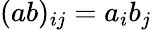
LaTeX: (ab)_{ij}=a_{i}b_{j}